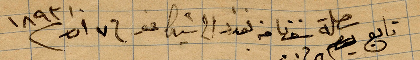
تابع رحلة سفرنا من بغداد الى شيكاغو ف ١٧ آذار ١٨٩٣